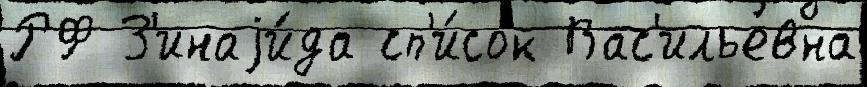
РФ З'инаjи́да сп'и́сок Вас'ильевна